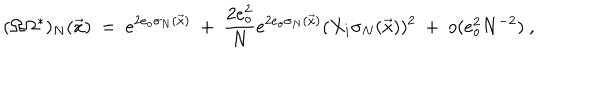
LaTeX: ( \Omega \Omega ^ { * } ) _ { N } ( \vec { x } ) \ = \ e ^ { 2 e _ { o } \sigma _ { N } ( \vec { x } ) } \ + \ \frac { 2 e _ { o } ^ { 2 } } { N } e ^ { 2 e _ { o } \sigma _ { N } ( \vec { x } ) } ( X _ { i } \sigma _ { N } ( \vec { x } ) ) ^ { 2 } \ + \ o ( e _ { o } ^ { 2 } N ^ { - 2 } ) \ ,